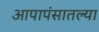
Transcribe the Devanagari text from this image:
आपापंसातल्या